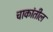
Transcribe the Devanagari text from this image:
चाकांतील